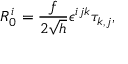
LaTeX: R _ { 0 } ^ { i } = \frac { f } { 2 \sqrt { h } } \epsilon ^ { i j k } \tau _ { k , j } ,